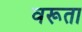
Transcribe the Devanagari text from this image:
वरूता